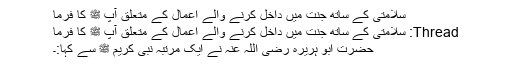
سلامتی کے ساتھ جنت میں داخل کرنے والے اعمال کے متعلق آپ ﷺ کا فرما
Thread: سلامتی کے ساتھ جنت میں داخل کرنے والے اعمال کے متعلق آپ ﷺ کا فرما
حضرت ابو ہریرہ رضی اللہ عنہ نے ایک مرتبہ نبی کریم ﷺ سے کہا:۔